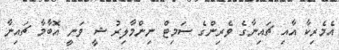
އެމެރިކާ އާއި ޗައިނާގެ ވެރިންގެ ސަމިޓް ނިންމާލިރު ޝީ ވަނީ އޮބާމާ ޗައިނާ